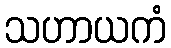
သဟာယကံ